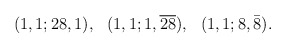
\begin{align*}\begin{array}{rrr}(1,1;28,1),& (1,1;1,\overline{28}),& (1,1;8,\bar{8}).\end{array}\end{align*}